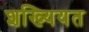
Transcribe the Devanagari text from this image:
शख्यियत